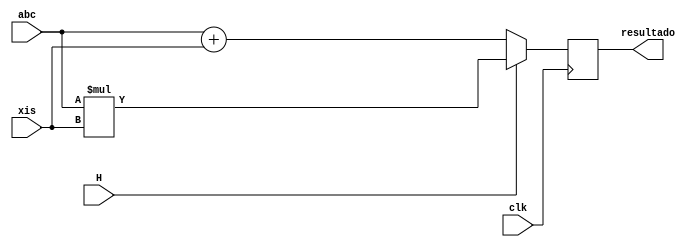
module SomaMultiplica(
    input[15:0] abc,
    input[15:0] xis,
    input H,
    input clk,
    output[15:0] resultado
);

reg[15:0] r;

assign resultado = r;

always @(posedge clk) begin
    if (H == 1)begin
        r <= abc * xis;
    end
    else begin
        r <= abc + xis;
    end
end
endmodule

// module testbench;

//     reg[15:0] abc0;
//     reg[15:0] xis0;
//     reg H0 = 0;
//     reg clk0 = 0;
//     wire[15:0] resultado0;

// SomaMultiplica jose(abc0, xis0, H0, clk0, resultado0);

// always #1 begin
//     clk0 <= ~clk0;
// end

// initial begin
//     $dumpvars;
//     #1;
//     abc0 <= 2;
//     xis0 <= 3;
//     H0 <= 1;
//     #5;
//     $finish;
// end
// endmodule